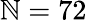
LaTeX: \mathbb{N}=72